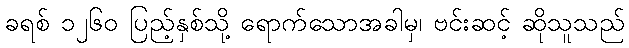
ခရစ် ၁၂၆၀ ပြည့်နှစ်သို့ ရောက်သောအခါမှ၊ ဗင်းဆင့် ဆိုသူသည်